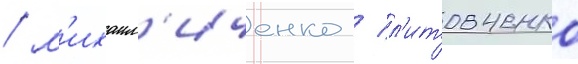
/ м'ихаил'иченко / л'итовченко